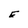
Character: E